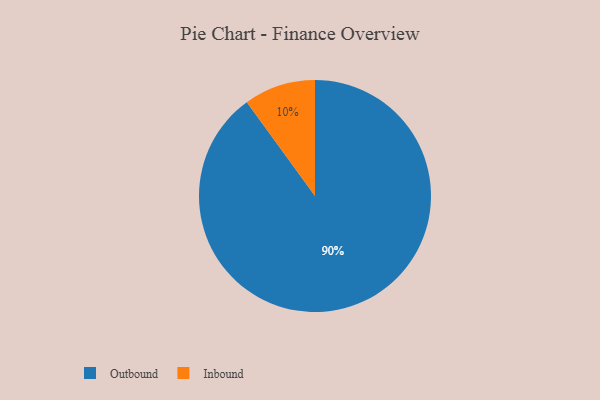
{"axis": {"x": "Category", "y": "Percentage"}, "legend": ["Inbound", "Outbound"], "data": [{"x": "Inbound", "y": 10, "type": "Inbound"}, {"x": "Outbound", "y": 90, "type": "Outbound"}]}